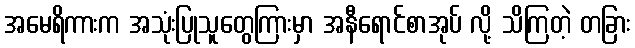
အမေရိကားက အသုံးပြုသူတွေကြားမှာ အနီရောင်စာအုပ် လို့ သိကြတဲ့ တခြား